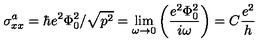
\sigma _ { x x } ^ { a } = \hbar e ^ { 2 } \Phi _ { 0 } ^ { 2 } / \sqrt { p ^ { 2 } } = \lim _ { \omega \rightarrow 0 } \left( \frac { e ^ { 2 } \Phi _ { 0 } ^ { 2 } } { i \omega } \right) = C \frac { e ^ { 2 } } { h }